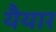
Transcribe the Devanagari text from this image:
यैयार